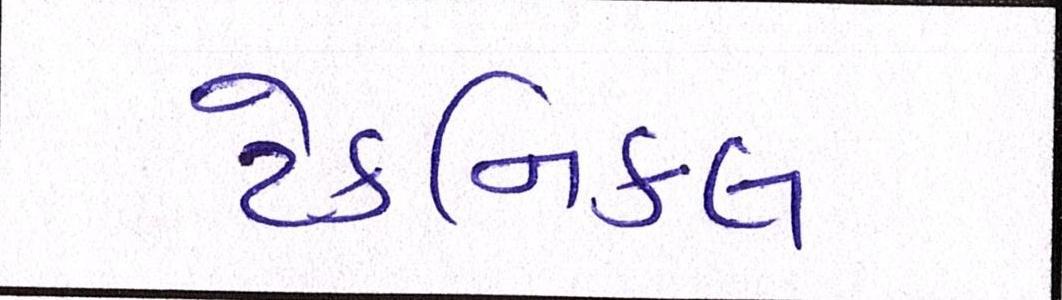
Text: ટેકનિકલ